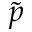
\tilde { p }